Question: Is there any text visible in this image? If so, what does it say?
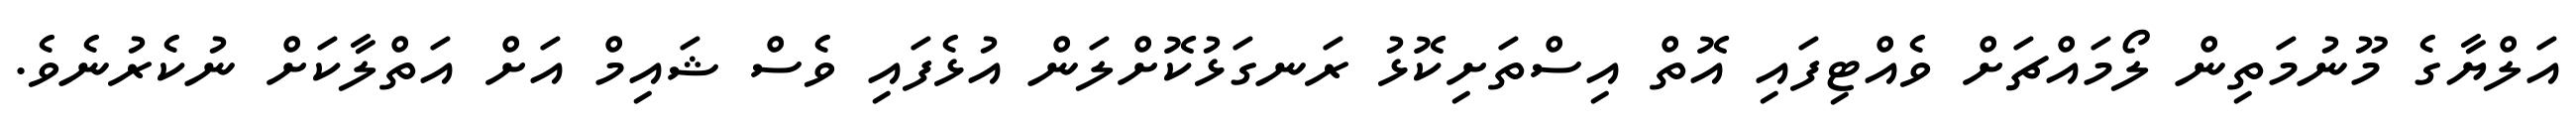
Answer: އަލްޔާގެ މޫނުމަތިން ލޯމައްޗަށް ވެއްޓިފައި އޮތް އިސްތަށިކޮޅު ރަނގަޅުކޮށްލަން އުޅެފައި ވެސް ޝައިމް އަށް އަތްލާކަށް ނުކެރުނެވެ.